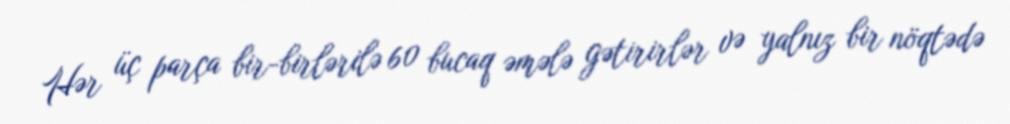
Hər üç parça bir-birlərilə 60 bucaq əmələ gətirirlər və yalnız bir nöqtədə